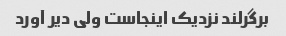
برگرلند نزدیک اینجاست ولی دیر آورد